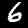
Digit: 6